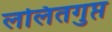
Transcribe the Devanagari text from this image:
ललितगुप्त